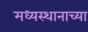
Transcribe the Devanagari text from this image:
मध्यस्थानाच्या